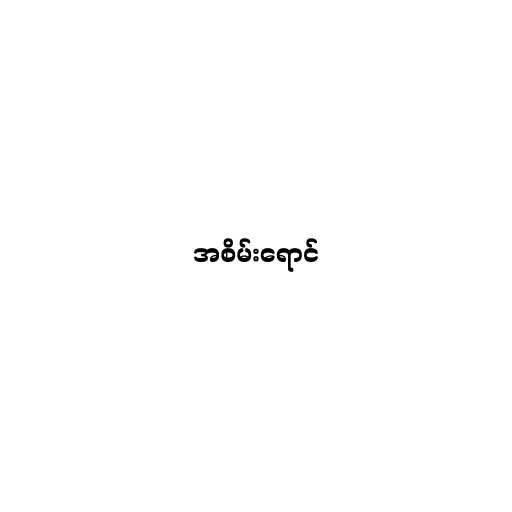
အစိမ်းရောင်